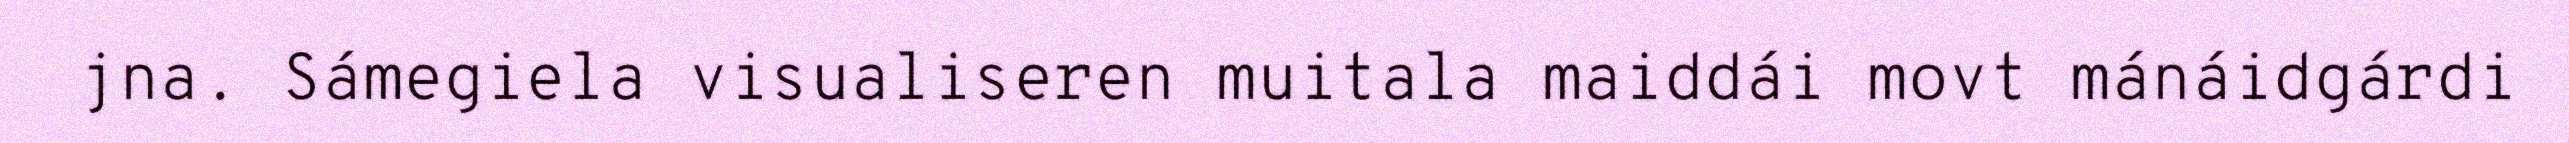
jna. Sámegiela visualiseren muitala maiddái movt mánáidgárdi